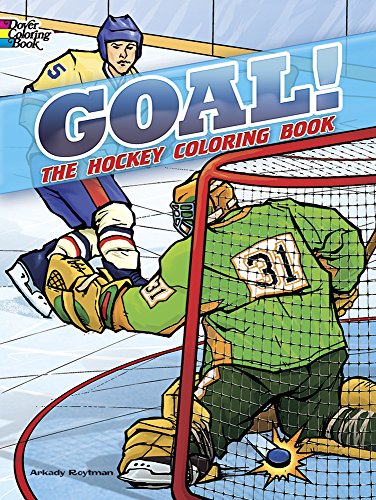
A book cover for GOAL! The Hockey Coloring Book (Dover Coloring Books); Arkady Roytman; Children's Books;